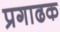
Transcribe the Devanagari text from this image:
प्रगाढक